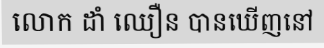
លោក ដាំ ឈឿន បានឃើញនៅ